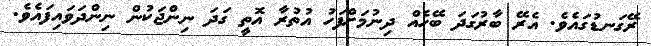
ރޭގަނޑުގައެވެ. އެރޭ ބާރުގަދަ ބޭހެއް ދިނުމަށްފަހު އުތުރާ އޮތީ ގަދަ ނިންޖަކުން ނިންދަވައިފައެވެ.